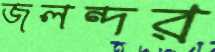
জলন্দর